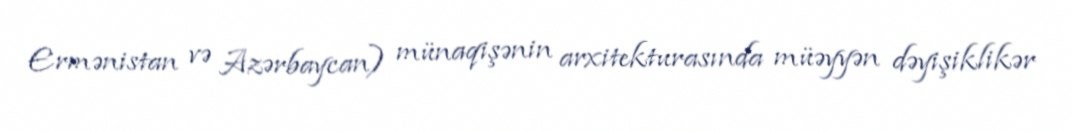
Ermənistan və Azərbaycan) münaqişənin arxitekturasında müəyyən dəyişiklikər